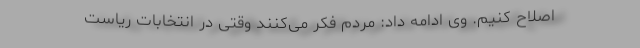
اصلاح کنیم. وی ادامه داد: مردم فکر می‌کنند وقتی در انتخابات ریاست